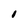
Character: 1